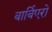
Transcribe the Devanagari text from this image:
बार्बिएरो